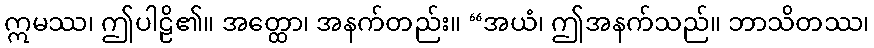
ဣမဿ၊ ဤပါဠိ၏။ အတ္ထော၊ အနက်တည်း။ “အယံ၊ ဤအနက်သည်။ ဘာသိတဿ၊